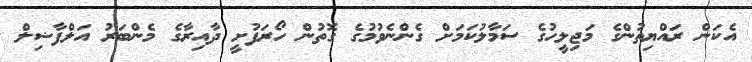
އެކަން ރައްޔިތުންގެ މަޖިލީހުގެ ސަމާލުކަމަށް ގެންނެވުމުގެ ގޮތުން ހޯރަފުށީ ދާއިރާގެ މެންބަރު އަލްފާޟިލް